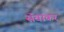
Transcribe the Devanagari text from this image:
सॅवाकर